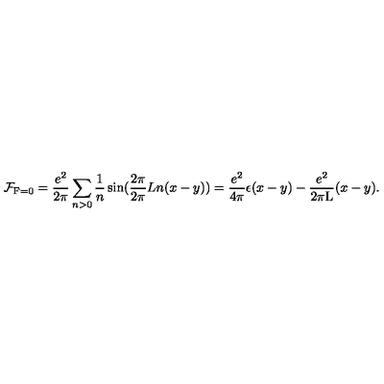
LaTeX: { \cal F } _ { \mathrm { F } = 0 } = \frac { e ^ { 2 } } { 2 \pi } \sum _ { n > 0 } \frac { 1 } { n } \sin ( \frac { 2 \pi } { 2 \pi } { L } n ( x - y ) ) = \frac { e ^ { 2 } } { 4 \pi } \epsilon ( x - y ) - \frac { e ^ { 2 } } { 2 \pi \mathrm { L } } ( x - y ) .